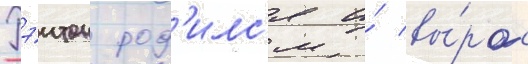
Пэитон род'илс'я и́ вы́рос